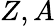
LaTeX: Z,A